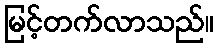
မြင့်တက်လာသည်။